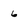
Character: 6